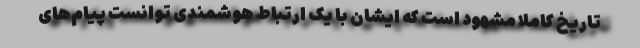
تاریخ کاملاً مشهود است که ایشان با یک ارتباط هوشمندی توانست پیام‌های